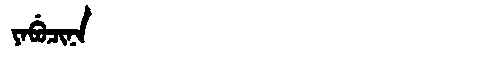
Manchu: ᠶᠠᠪᡠᠴᡳᠨᠠ
Romanization: YABUCINA